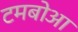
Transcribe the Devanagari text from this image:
टमबोआ